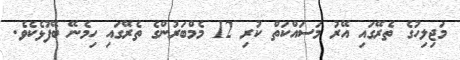
މަޖިލިހުގެ ތެރޭގައި އޭރު މަސައްކަތް ކުރި 12 މެމްބަރުންގެ ތެރޭގައި ހިމެނޭ ބޭފުޅެކެވެ.